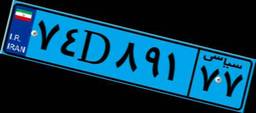
۷۴D۸۹۱۷۷